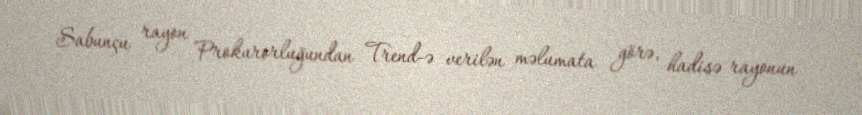
Sabunçu rayon Prokurorluğundan Trend-ə verilən məlumata görə, hadisə rayonun